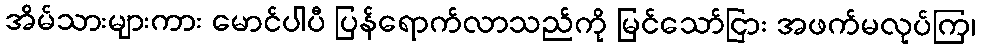
အိမ်သားများကား မောင်ပါပီ ပြန်ရောက်လာသည်ကို မြင်သော်ငြား အဖက်မလုပ်ကြ၊